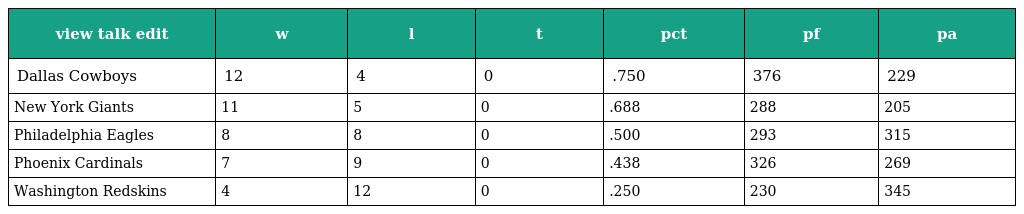
| view talk edit | w | l | t | pct | pf | pa |
 | --- | --- | --- | --- | --- | --- | --- |
 | Dallas Cowboys | 12 | 4 | 0 | .750 | 376 | 229 |
 | New York Giants | 11 | 5 | 0 | .688 | 288 | 205 |
 | Philadelphia Eagles | 8 | 8 | 0 | .500 | 293 | 315 |
 | Phoenix Cardinals | 7 | 9 | 0 | .438 | 326 | 269 |
 | Washington Redskins | 4 | 12 | 0 | .250 | 230 | 345 |